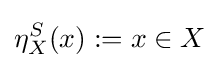
\eta _{X}^{S}(x):=x\in X